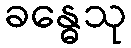
ခန္ဓေသု